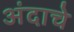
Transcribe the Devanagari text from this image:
अंदाचे